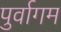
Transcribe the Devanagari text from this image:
पुर्वागम